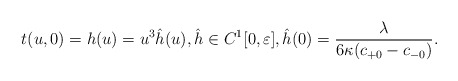
\begin{align*} t(u,0)=h(u)=u^3\hat{h}(u),\hat{h}\in C^1[0,\varepsilon],\hat{h}(0)=\frac{\lambda}{6\kappa(c_{+0}-c_{-0})}.\end{align*}